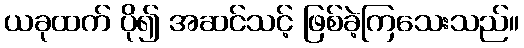
ယခုထက် ပို၍ အဆင်သင့် ဖြစ်ခဲ့ကြသေးသည်။